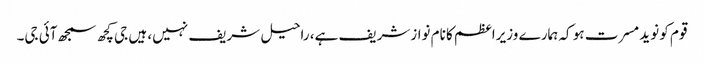
قوم کو نوید مسرت ہو کہ ہمارے وزیراعظم کا نام نوازشریف ہے، راحیل شریف نہیں، ہیں جی کچھ سمجھ آئی جی۔